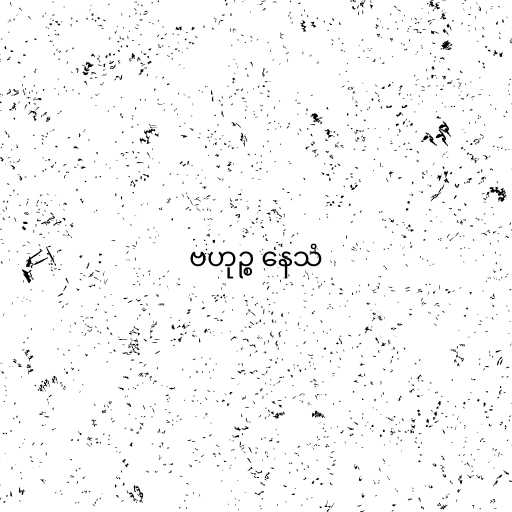
ဗဟုဉ္စ နေသံ